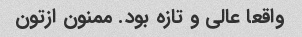
واقعا عالی و تازه بود. ممنون ازتون